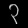
Digit: ၃